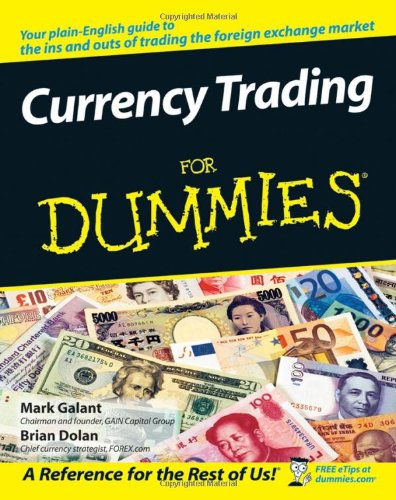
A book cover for Currency Trading For Dummies; Mark Galant; Business & Money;